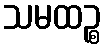
သမထဉ္စ